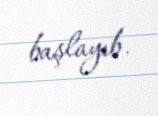
başlayıb.